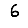
Digit: 6